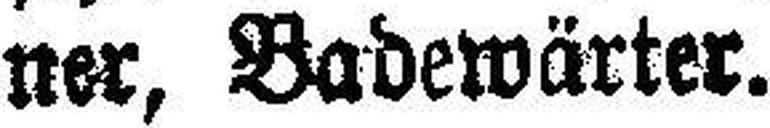
ner, Badewärter.